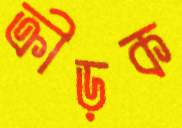
ক্রীড়ক